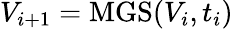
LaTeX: V_{i+1}=\mathrm{MGS}(V_{i},t_{i})